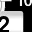
Digit: 2